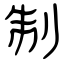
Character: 制